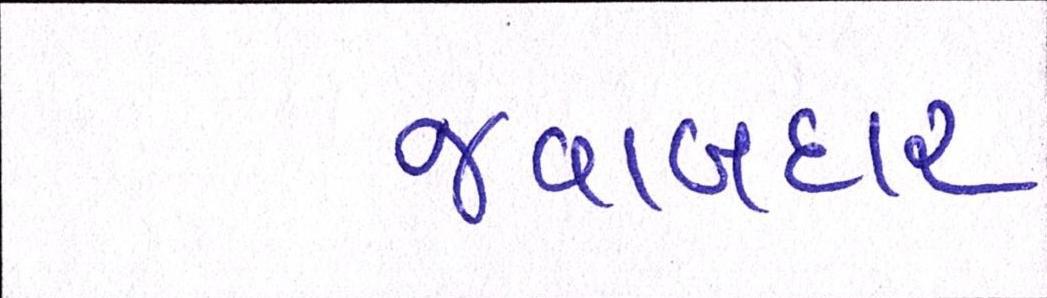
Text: જવાબદાર